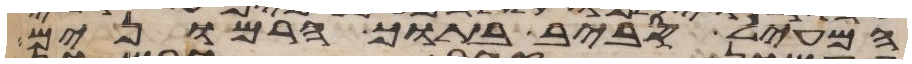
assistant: המעיל סביב בתוך הרמונים